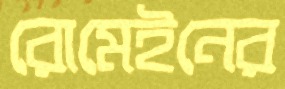
রোমেইনের